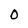
Character: 0